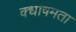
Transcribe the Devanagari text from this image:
क्धाषमता